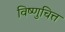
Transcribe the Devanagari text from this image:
विष्णुचित्त